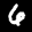
Label: 6